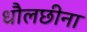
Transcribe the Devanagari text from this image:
धौलछीना